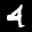
Label: 4